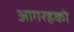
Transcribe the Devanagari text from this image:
आगरहको